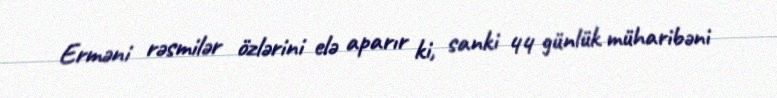
Erməni rəsmilər özlərini elə aparır ki, sanki 44 günlük müharibəni